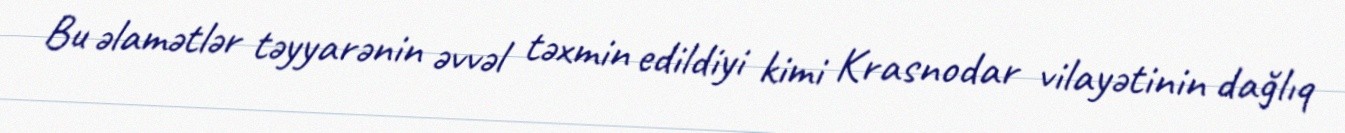
Bu əlamətlər təyyarənin əvvəl təxmin edildiyi kimi Krasnodar vilayətinin dağlıq